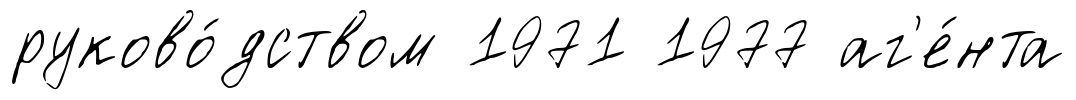
руково́дством 1971 1977 аг'е́нта